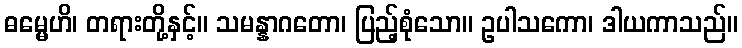
ဓမ္မေဟိ၊ တရားတို့နှင့်။ သမန္နာဂတော၊ ပြည့်စုံသော။ ဥပါသကော၊ ဒါယကာသည်။